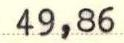
49,86